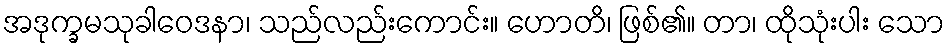
အဒုက္ခမသုခါဝေဒနာ၊ သည်လည်းကောင်း။ ဟောတိ၊ ဖြစ်၏။ တာ၊ ထိုသုံးပါး သော